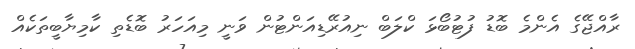
ރާއްޖޭގެ އެންމެ ބޮޑު ފުޓުބޯޅަ ކްލަބް ނިއުރޭޑިއަންޓުން ވަނީ މިއަހަރު ބޮޑެތި ކާމިޔާބީތަކެއް